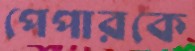
পেপারকে